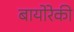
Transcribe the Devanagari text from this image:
बायोरेकी